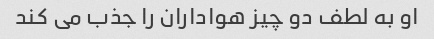
او به لطف دو چیز هواداران را جذب می کند